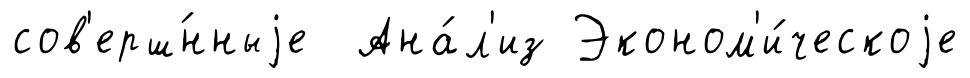
сов'ерш́нныjе Ана́л'из Эконом'и́ческоjе